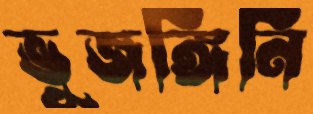
ভুজঙ্গিনি